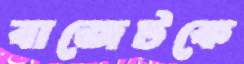
বাজেটকে